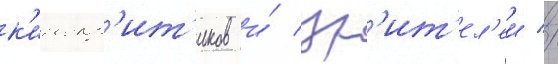
к'инокр'ит'иков и́ зр'ит'ел'еи //